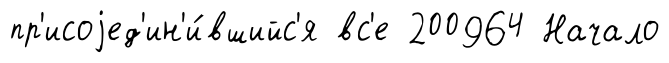
пр'исоjед'ин'и́вшийс'я вс'е 200964 Начало